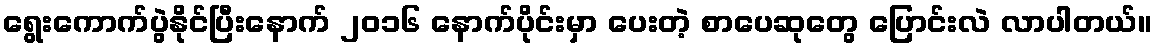
ရွေးကောက်ပွဲနိုင်ပြီးနောက် ၂၀၁၆ နောက်ပိုင်းမှာ ပေးတဲ့ စာပေဆုတွေ ပြောင်းလဲ လာပါတယ်။